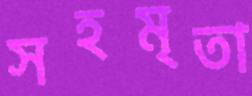
সহমৃতা